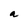
Character: a